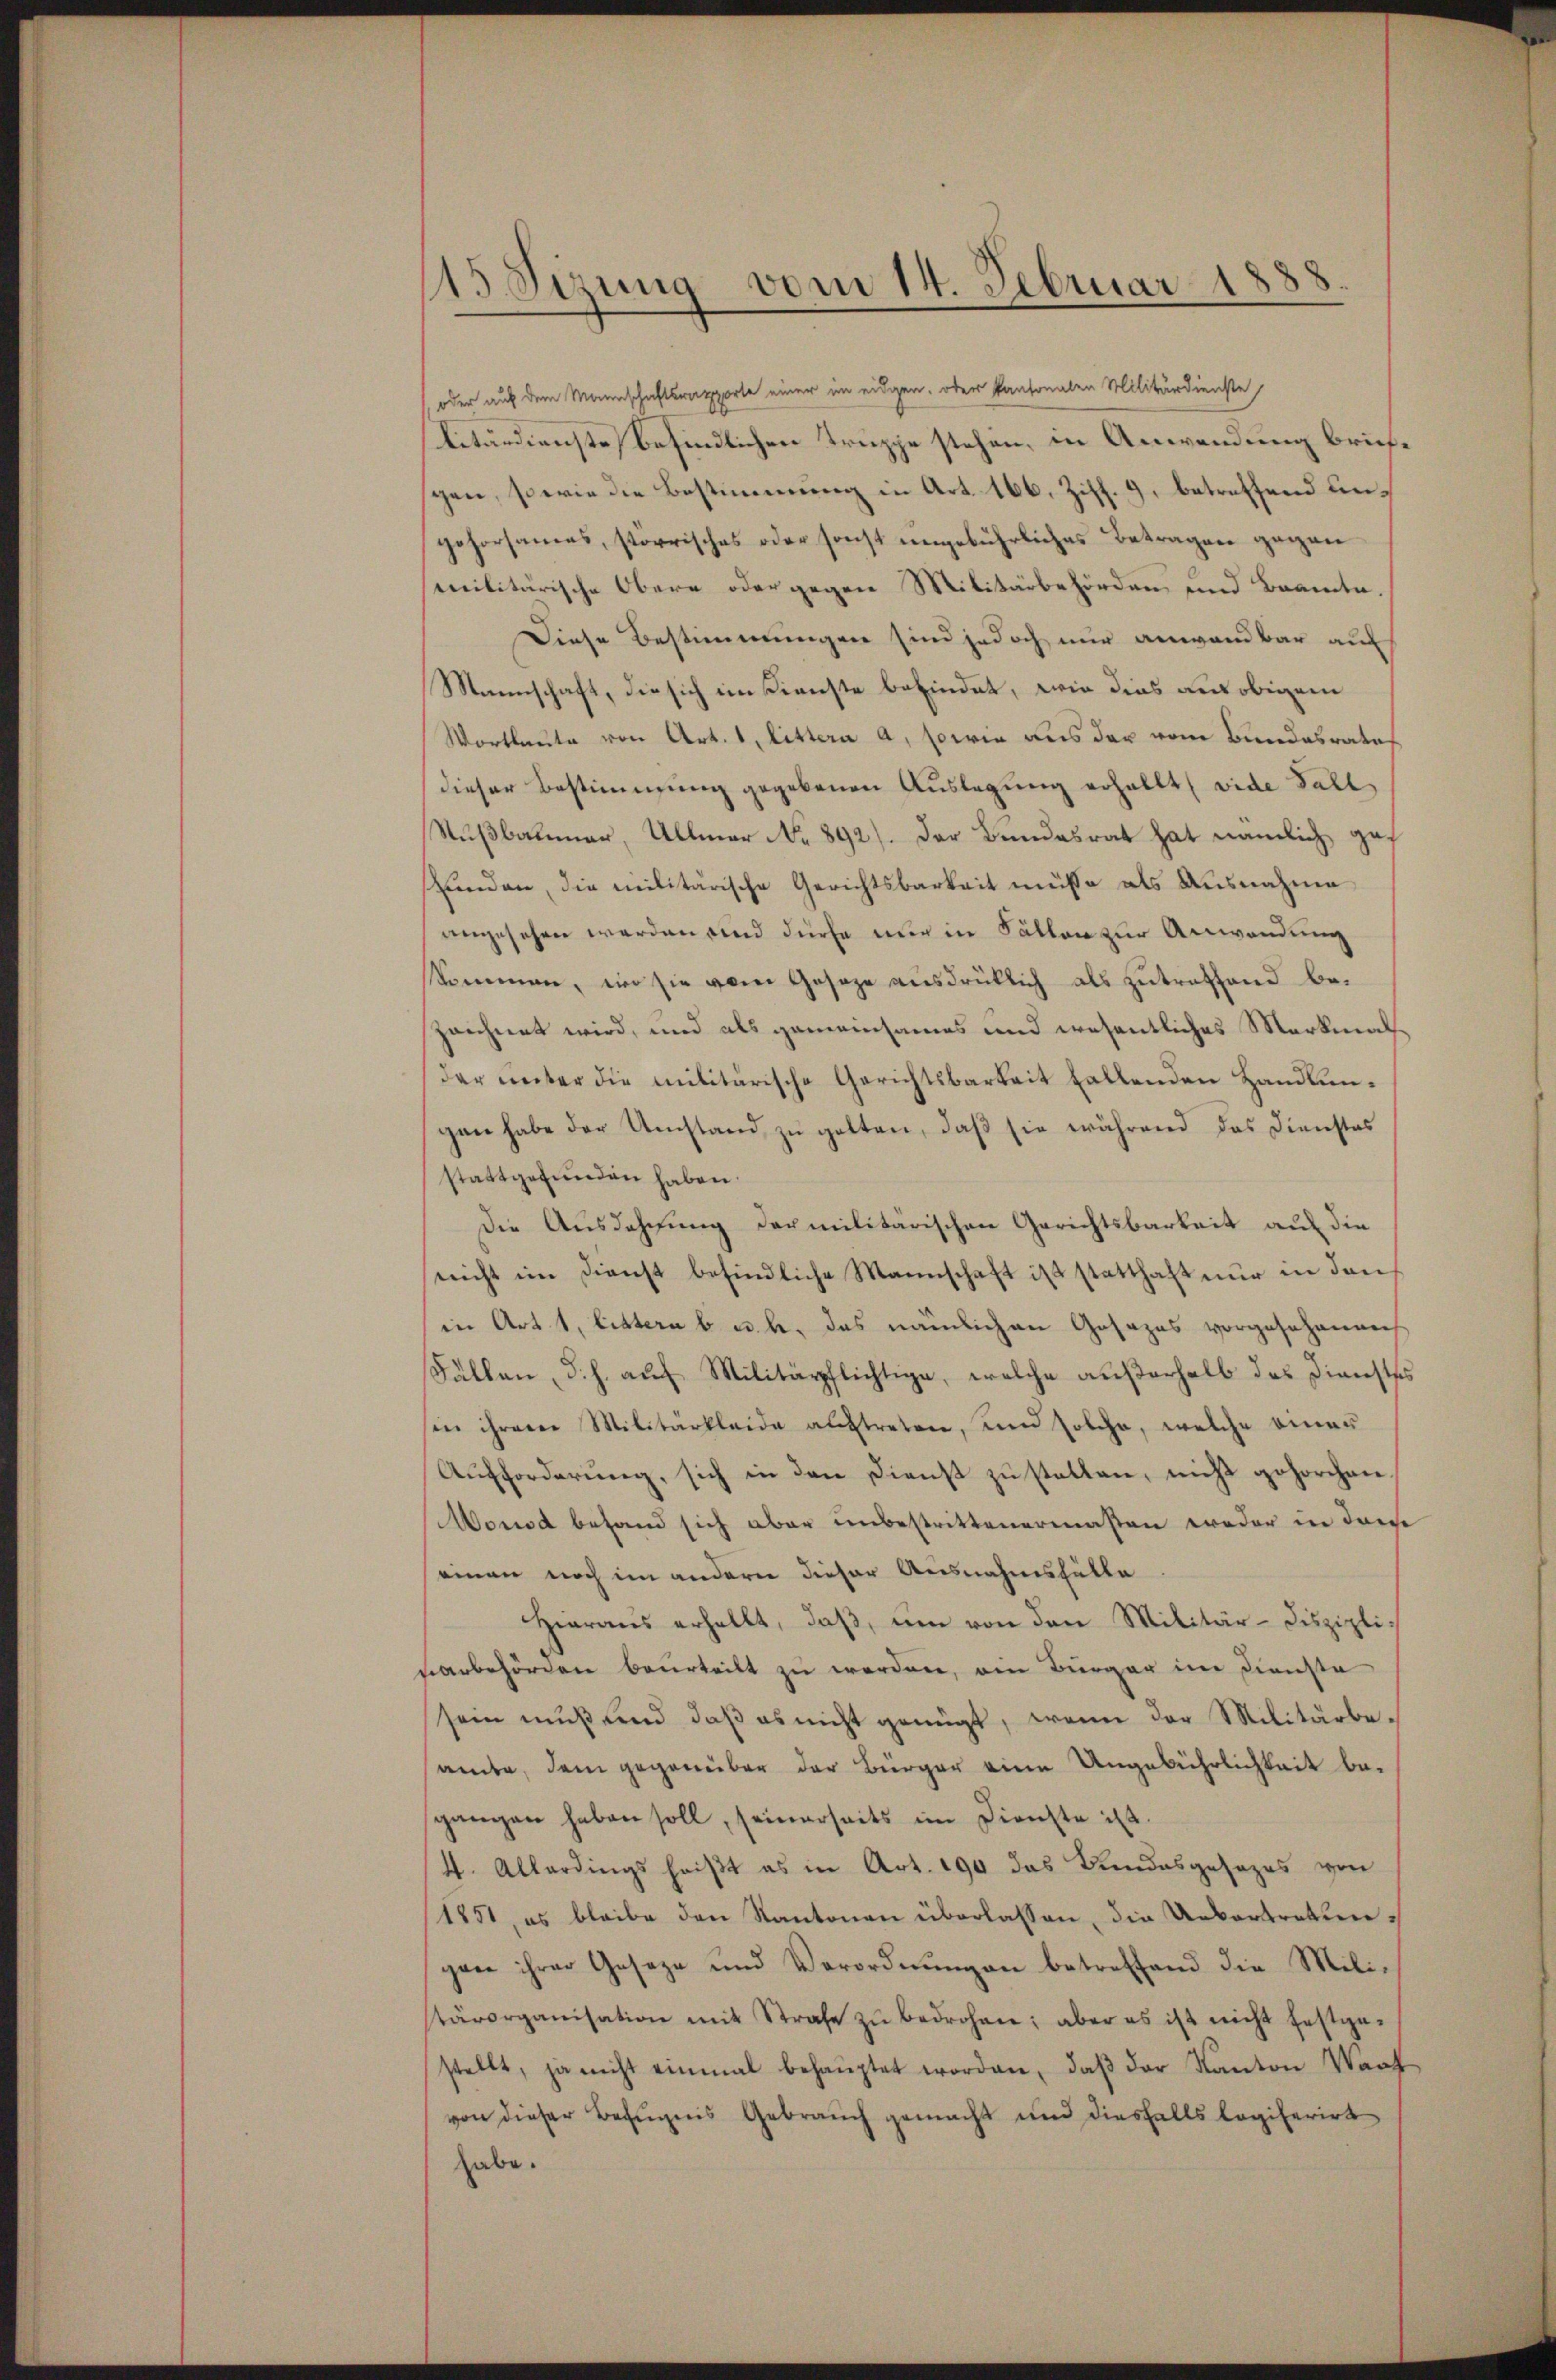
115 Sizung vom 14. Februar 1888.

oder auf dem Mannschaftsrapporte einer im eidgen. oder kantonalen Militärdienste
Citärdienste befindlichen Truppe stehen, in Anwendung briefspen, sowie die Bestimmung in Art. 166, Ziff. 9, betreffend ungehorsames, störrisches oder sonst ungebührliches Betragen gegen
mmilitärische Obere oder gegen Militärbehörden und Brannte.
Diese Bestimmungen sind jedoch nur anwandbar auf
Mannschaft, die sich im Dienste befindet, wie dies aus obigen
Wortlaute von Art. 1, littera a, sowie aus der vom Bundesrates
dieser Bestimmung gegebenen Auslegung erhallt, vide Fall
Nußbaumer, Ullmar No 892). Der Bundesrat hat nämlich gefunden, die militärische Gerichtsbarkeit müsse als Ausnahme
angesehen werden sind dürfe nur in Fällen zur Anwendung
kommen, wo sie vom Geseze ausdrüklich als zutreffend bezeichnet wird, und als gemeinsames und wesentliches Merkmalder unter die militärische Gerichtsbarkeit fallenden Handlungan habe der Umstand, zu gelten, daß sie während das Dienstes
stattgefunden haben.
Die Ausdehnung der militärischen Gerichtsbarkeit auf die
nicht im Dienst befindliche Mannschaft ist statthaft nur in den
in Art. 1, littern b u. b. das nämlichen Gesezes vorgeschenrech
Fällen, d. h. auf Militärpflichtige, welche außerhalb das Dienstes
sin ihrerer Militärkleide auftreten, und solche, welche einer
Aŭfforderŭng, sich in den Dienst zŭ stellen, nicht gehorchen.
Monod behand sich aber unbestrittenermaßen weder in dane
einen noch im andern dieser Ausnahmsfälle
Hieraus erhellt, daβ, um von den Militär-Diszipli-
vorbehörden beurteilt zu werden, ein Bürger im Dienste
sein muß und daß es nicht genügt, wenn der Militärbeamte, dem gegenüber der Bürger eine Ungebührlichkeit besgangen haben soll, seinerseits im Dienste ist.
(4. Allerdings heißt es in Art. 190 das Bundesgesezes von
1851, es bleibe den Kantonen überlassen, die Uebertretungan ihrer Geseze und Verordnŭngen betreffend die Mili-
stärorganisation mit Strafe zŭ bedrohen; aber es ist nicht festge-
stellt, ja nicht einmal behauptet worden, daβ der Kanton Wach
von dieser Befugnis Gebrauch gemacht und diesfalls legiferirt
habe.